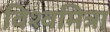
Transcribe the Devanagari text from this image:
विश्‍वमित्रा